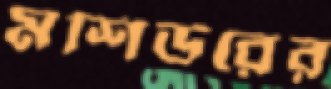
মশিউরের